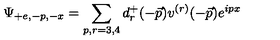
\Psi _ { + e , - p , - x } = \sum _ { p , r = 3 , 4 } d _ { r } ^ { + } ( - \vec { p } ) v ^ { ( r ) } ( - \vec { p } ) e ^ { i p x }